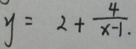
y = 2 + \frac { 4 } { x - 1 . }